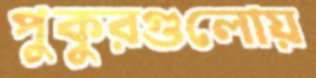
পুকুরগুলোয়